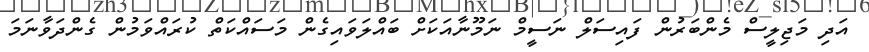
އަދި މަޖިލީސް މެންބަރުން ފައިސަލް ނަސީމް ނަމޫނާއަކަށް ބައްލަވައިގެން މަސައްކަތް ކުރައްވަމުން ގެންދަވާނަމަ